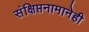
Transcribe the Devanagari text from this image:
संक्षिप्तनामानेही